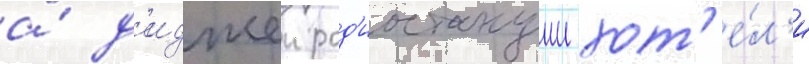
а́ д'иджеи рад'иостанции хот'е́л'и